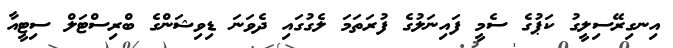
އިނގިރޭސިލީގު ކަޕުގެ ސެމީ ފައިނަލުގެ ފުރަތަމަ ލެގުގައި ދެވަނަ ޑިވިޝަންގެ ބްރިސްޓަލް ސިޓީއާ